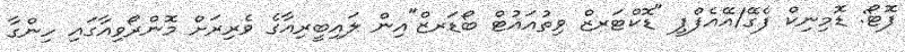
ފޮޓޯ: ޑޮމިނިކް ފެގޭ/އޭއެފްޕީ "ޑޮކްޓަރޒް ވިތުއައުޓް ބޯޑަރޒް"އިން ލައިބީރިއާގެ ވެރިރަށް މޮންރޯވިއާގައި ހިންގާ